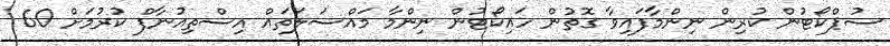
ސުޕްކޯޓުން ކުރިން ނިންމާފައިވާ ގޮތުން ހައިކޯޓުން ނިންމާ މައްސަލަތައް އިސްތިއުނާފް ކުރުމަށް 60